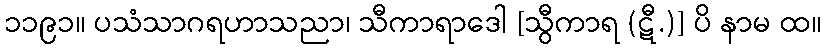
၁၁၉၁။ ပသံသာဂရဟာသညာ၊ သီကာရာဒေါ [သွီကာရ (ဋီ.)] ပိ နာမ ထ။